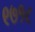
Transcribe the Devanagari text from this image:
९७१८